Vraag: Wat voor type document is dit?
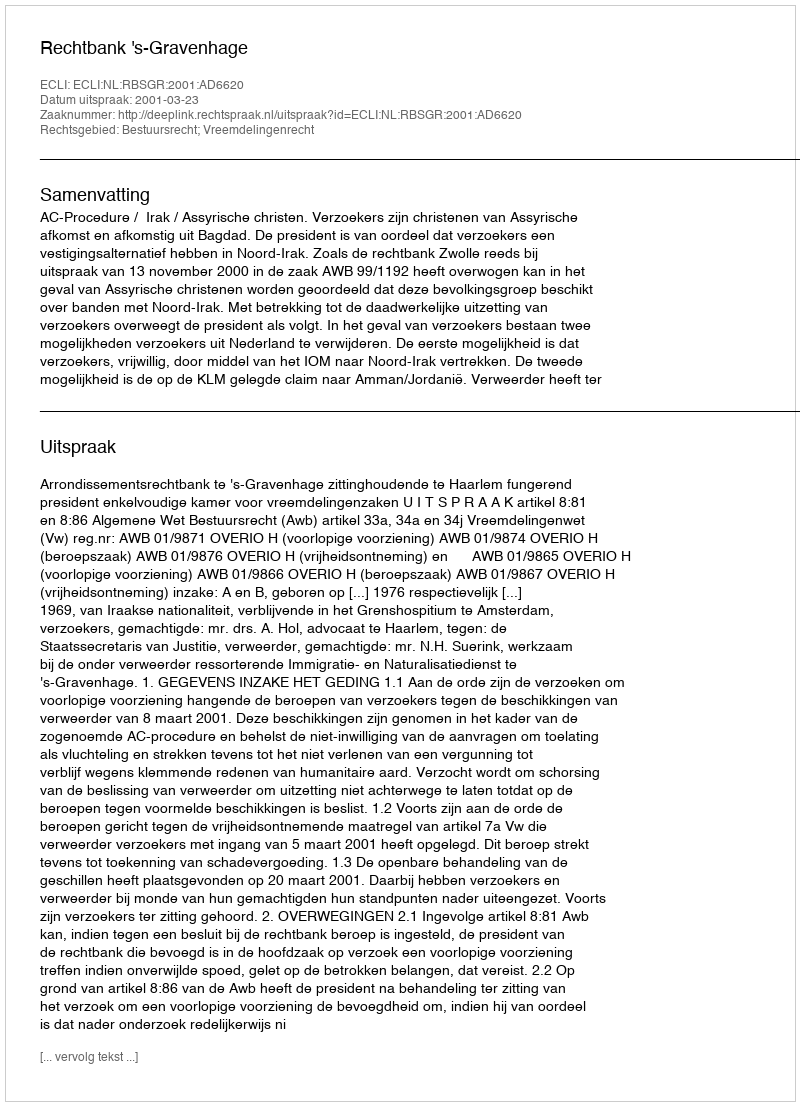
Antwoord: Uitspraak